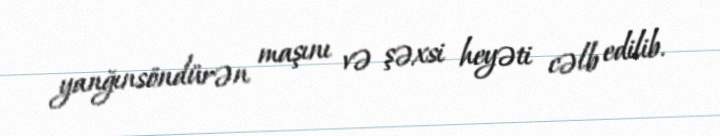
yanğınsöndürən maşını və şəxsi heyəti cəlb edilib.